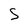
Character: S